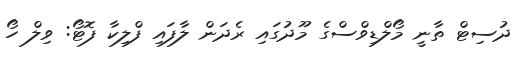
ދުސިޓް ތާނީ މޯލްޑިވްސްގެ މޫދުގައި ރެދަން ލާފައި ފްލިކާ ފޮޓޯ: ވިލް ހޯ